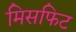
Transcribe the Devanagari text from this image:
मिसफिट